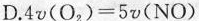
D.$$4 v ( { O } _ { 2 } ) = 5 v ( { N O } )$$